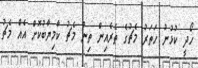
ހޯދީ ކުޅުނު ހަތަރު މެޗުގެ ތެރެއިން ތިން މެޗު ކާމިޔާބުކޮށް އެއް މެޗު